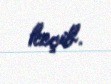
keçib.